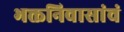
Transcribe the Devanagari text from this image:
भक्तनिवासांचं